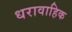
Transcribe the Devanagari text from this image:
धरावाहिक